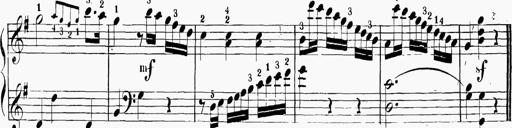
Title: 6 Sonatinas
Composer: Carl Reinecke